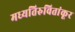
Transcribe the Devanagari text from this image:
मध्यतिरुवितांकूर